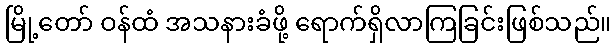
မြို့တော် ဝန်ထံ အသနားခံဖို့ ရောက်ရှိလာကြခြင်းဖြစ်သည်။